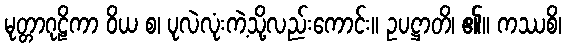
မုတ္တာဂုဠိကာ ဝိယ စ၊ ပုလဲလုံးကဲ့သို့လည်းကောင်း။ ဥပဋ္ဌာတိ၊ ၏။ ကဿစိ၊